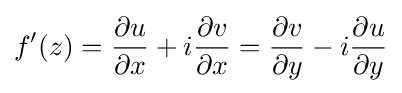
f'(z)={\frac {\partial u}{\partial x}}+i{\frac {\partial v}{\partial x}}={\frac {\partial v}{\partial y}}-i{\frac {\partial u}{\partial y}}